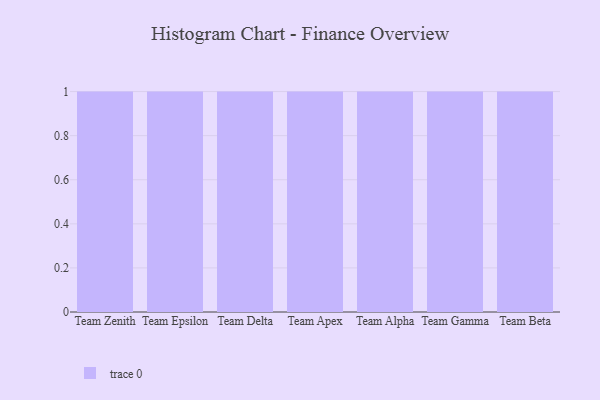
{"axis": {"x": "Team", "y": "Market Share (%)"}, "legend": [""], "data": [{"x": "Team Zenith", "y": 29, "type": ""}, {"x": "Team Epsilon", "y": 28, "type": ""}, {"x": "Team Delta", "y": 66, "type": ""}, {"x": "Team Apex", "y": 13, "type": ""}, {"x": "Team Alpha", "y": 38, "type": ""}, {"x": "Team Gamma", "y": 97, "type": ""}, {"x": "Team Beta", "y": 33, "type": ""}]}